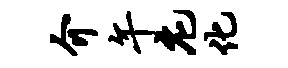
介午庀化